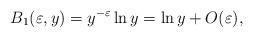
LaTeX: \begin{align*}B_1(\varepsilon,y)=y^{-\varepsilon}\ln y=\ln y + O(\varepsilon) ,\end{align*}